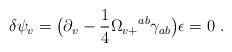
LaTeX: \begin{align*}\delta \psi_v = \bigl (\partial_v - {1\over 4} \Omega_{v +}{}^{ab}\gamma_{ab}\bigr)\epsilon = 0\ .\end{align*}